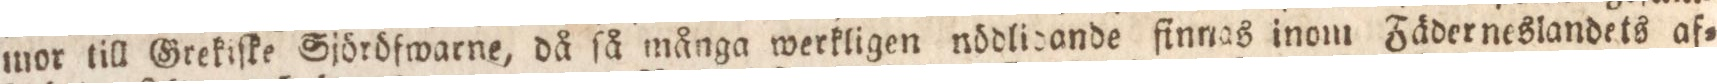
mor till Grekiſke Sjöröfwarne, då ſå många werkligen nödlidande finnas inom Fäderneslandets af=